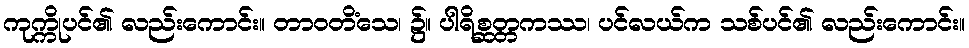
ကုက္ကိုပင်၏ လည်းကောင်း။ တာဝတိံသေ၊ ၌။ ပါရိစ္ဆတ္တကဿ၊ ပင်လယ်က သစ်ပင်၏ လည်းကောင်း။